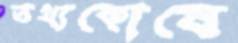
তথ্যকোষে